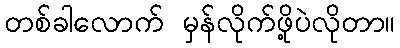
တစ်ခါလောက် မှန်လိုက်ဖို့ပဲလိုတာ။